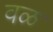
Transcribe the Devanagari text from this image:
वळ